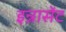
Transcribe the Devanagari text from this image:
इन्नासेंट